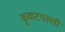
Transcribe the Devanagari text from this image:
कुकटपल्ली